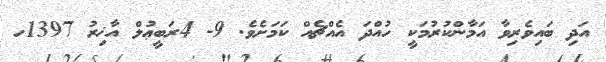
އަދި ބައިވެރިވާ އަމާންކުރުމަކީ ހުއްދަ އެއްޗެއް ކަމަށެވެ. 9- 4ރަބީޢުލް އާޚިރު 1397ހ